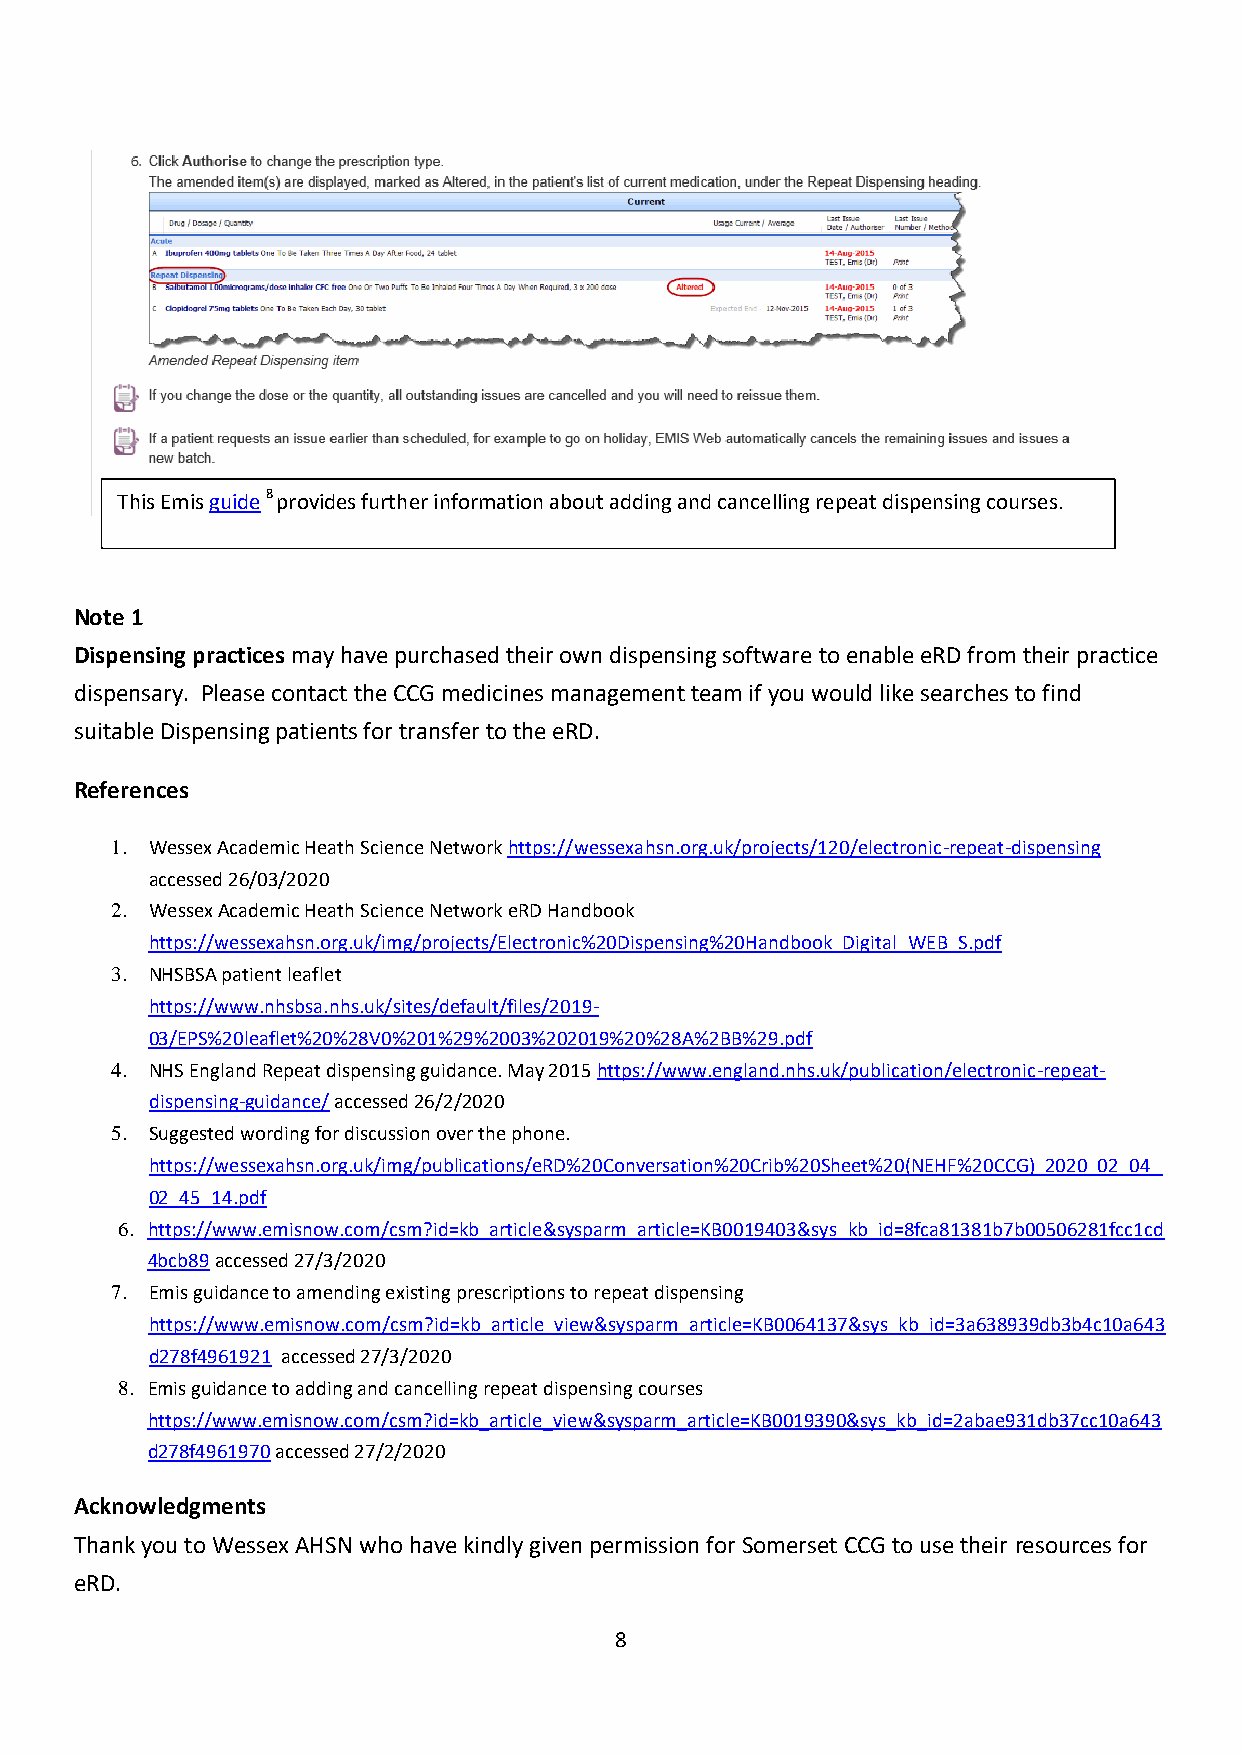
This Emis guide 8 provides further information about adding and cancelling repeat dispensing courses.
 Note 1
 Dispensing practices may have purchased their own dispensing software to enable eRD from their practice
 dispensary. Please contact the CCG medicines management team if you would like searches to find
 suitable Dispensing patients for transfer to the eRD.
 References
 1. Wessex Academic Heath Science Network https://wessexahsn.org.uk/projects/120/electronic-repeat-dispensing
 accessed 26/03/2020
 2. Wessex Academic Heath Science Network eRD Handbook
 https://wessexahsn.org.uk/img/projects/Electronic%20Dispensing%20Handbook_Digital_WEB_S.pdf
 3. NHSBSA patient leaflet
 https://www.nhsbsa.nhs.uk/sites/default/files/2019-
 03/EPS%20leaflet%20%28V0%201%29%2003%202019%20%28A%2BB%29.pdf
 4. NHS England Repeat dispensing guidance. May 2015 https://www.england.nhs.uk/publication/electronic-repeat-
 dispensing-guidance/ accessed 26/2/2020
 5. Suggested wording for discussion over the phone.
 https://wessexahsn.org.uk/img/publications/eRD%20Conversation%20Crib%20Sheet%20(NEHF%20CCG)_2020_02_04_
 02_45_14.pdf
 6. https://www.emisnow.com/csm?id=kb_article&sysparm_article=KB0019403&sys_kb_id=8fca81381b7b00506281fcc1cd
 4bcb89 accessed 27/3/2020
 7. Emis guidance to amending existing prescriptions to repeat dispensing
 https://www.emisnow.com/csm?id=kb_article_view&sysparm_article=KB0064137&sys_kb_id=3a638939db3b4c10a643
 d278f4961921 accessed 27/3/2020
 8. Emis guidance to adding and cancelling repeat dispensing courses
 https://www.emisnow.com/csm?id=kb_article_view&sysparm_article=KB0019390&sys_kb_id=2abae931db37cc10a643
 d278f4961970 accessed 27/2/2020
 Acknowledgments
 Thank you to Wessex AHSN who have kindly given permission for Somerset CCG to use their resources for
 eRD.
 8